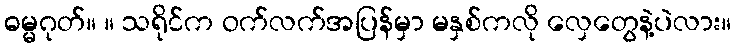
ဓမ္မဂုတ်။ ။ သရိုင်က ဝက်လက်အပြန်မှာ မနှစ်ကလို လှေတွေနဲ့ပဲလား။